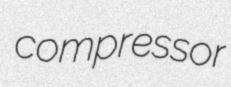
compressor